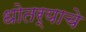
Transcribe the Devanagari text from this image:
धोतर्‍याचे